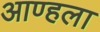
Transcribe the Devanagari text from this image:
आण्हला